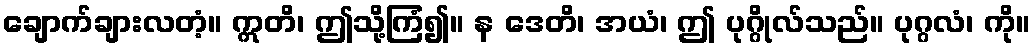
ချောက်ချားလတံ့။ ဣတိ၊ ဤသို့ကြံ၍။ န ဒေတိ၊ အယံ၊ ဤ ပုဂ္ဂိုလ်သည်။ ပုဂ္ဂလံ၊ ကို။